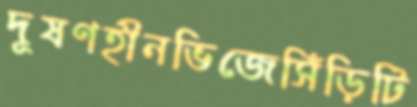
দূষণহীনভিজেসিঁড়িটি